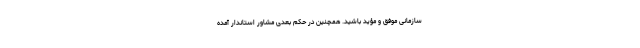
سازمانی موفق و مؤید باشید. همچنین در حکم بعدی مشاور استاندار آمده